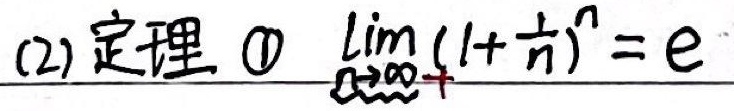
(2) 定理 \textcircled{1} $\lim_{n \to +\infty}(1 + \frac{1}{n})^{n}=e$